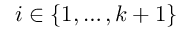
i \in \{ 1 , \ldots , k + 1 \}